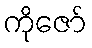
ကိုဇော်